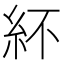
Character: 紑